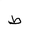
Letter: _da